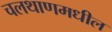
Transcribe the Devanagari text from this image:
चलथाणमधील